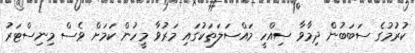
ކުރުމުގެ ސަބަބުން ދިމާވާ ސިއްހީ މައްސަލަތަކުގައި މަރުވާ މީހުން ކަމަށް ވެސް މިނިސްޓަރު